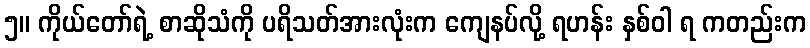
၅။ ကိုယ်တော်ရဲ့ စာဆိုသံကို ပရိသတ်အားလုံးက ကျေနပ်လို့ ရဟန်း နှစ်ဝါ ရ ကတည်းက